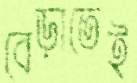
বেড়াতেই